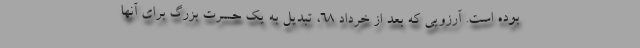
بوده است. آرزویی که بعد از خرداد 68، تبدیل به یک حسرت بزرگ برای آنها